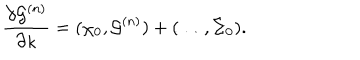
{ \frac { \partial { \cal G } ^ { ( n ) } } { \partial \kappa } } = ( \chi _ { 0 } , { \cal G } ^ { ( n ) } ) + ( \ldots , \Sigma _ { 0 } ) .